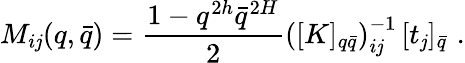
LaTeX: M_{i\mathit{j}}(q,\bar{{q}})=\frac{{1-q^{2h}\bar{{q}}^{2H}}}{{2}}\left([K]_{q\bar{{q}}}\right)_{i\mathit{j}}^{-1}\, [t_{\mathit{j}}]_{\bar{{q}}}\, \, .